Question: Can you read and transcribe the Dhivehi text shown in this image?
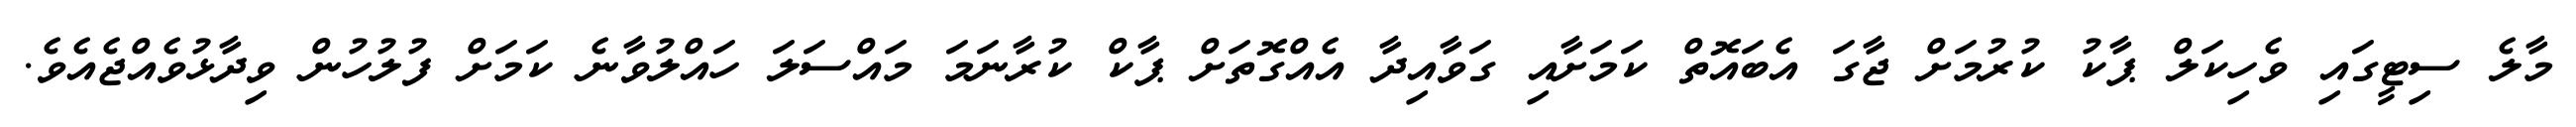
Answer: މާލެ ސިޓީގައި ވެހިކަލް ޕާކު ކުރުމަށް ޖާގަ އެބައޮތް ކަމަށާއި ގަވާއިދާ އެއްގޮތަށް ޕާކް ކުރާނަމަ މައްސަލަ ހައްލުވާނެ ކަމަށް ފުލުހުން ވިދާޅުވެއްޖެއެވެ.